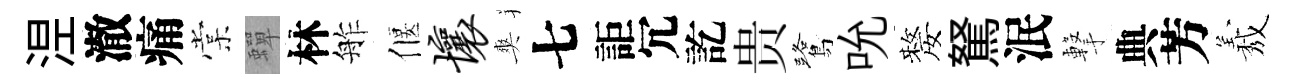
𣵀澈痛棠蟬林舴偃壤爽七詎冗訖贵鷺吮嫠駑泯撃典芳𦏁